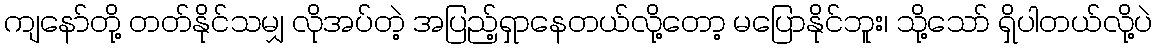
ကျနော်တို့ တတ်နိုင်သမျှ လိုအပ်တဲ့ အပြည့်ရှာနေတယ်လို့တော့ မပြောနိုင်ဘူး၊ သို့သော် ရှိပါတယ်လို့ပဲ